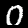
Digit: 0